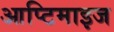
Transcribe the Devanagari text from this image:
आप्टिमाइज